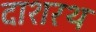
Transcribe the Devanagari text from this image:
दाशरथ